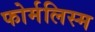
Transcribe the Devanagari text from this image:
फोर्मलिस्म